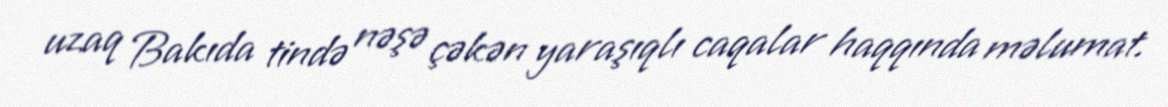
uzaq Bakıda tində nəşə çəkən yaraşıqlı caqalar haqqında məlumat.